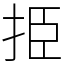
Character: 挋